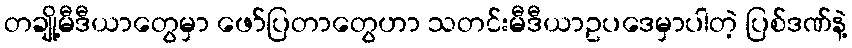
တချို့မီဒီယာတွေမှာ ဖော်ပြတာတွေဟာ သတင်းမီဒီယာဥပဒေမှာပါတဲ့ ပြစ်ဒဏ်နဲ့